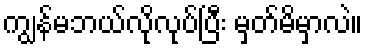
ကျွန်မဘယ်လိုလုပ်ပြီး မှတ်မိမှာလဲ။